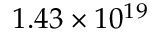
1 . 4 3 \times 1 0 ^ { 1 9 }